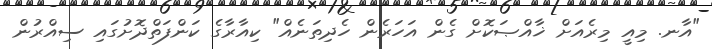
"އާނ. މިއީ މިރެއަށް ޚާއްޞަކޮށް ގެން އަހަރެން ހެދިތަނެއް" ކިއާރާގެ ކަންފަތްދޮށުގައި ސިއްރުން